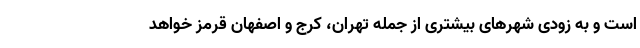
است و به زودی شهرهای بیشتری از جمله تهران، کرج و اصفهان قرمز خواهد